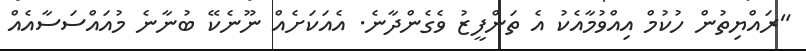
"ރައްޔިތުން ހުކުމް އިއްވުމާއެކު އެ ތަންފީޒު ވެގެންދާނެ. އެއަކަށެއް ނޫނެކޭ ބުނާނެ މުއައްސަސާއެއް